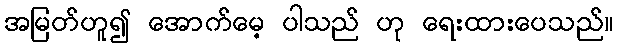
အမြတ်ဟူ၍ အောက်မေ့ ပါသည် ဟု ရေးထားပေသည်။